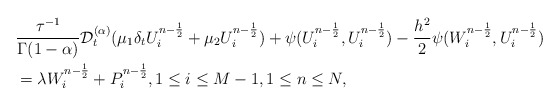
\begin{align*} &\frac{\tau^{-1}}{\Gamma(1-\alpha)}\mathcal{D}_t^{(\alpha)}( \mu_1 \delta_t U_i^{n-\frac{1}{2}}+\mu_2 U_i^{n-\frac{1}{2}})+\psi(U_i^{n-\frac{1}{2}},U_i^{n-\frac{1}{2}})-\frac{h^2}{2}\psi(W_i^{n-\frac{1}{2}},U_i^{n-\frac{1}{2}})\\ &=\lambda W_i^{n-\frac{1}{2}}+P_i^{n-\frac{1}{2}},1\leq i \leq M-1,1\leq n\leq N, \end{align*}